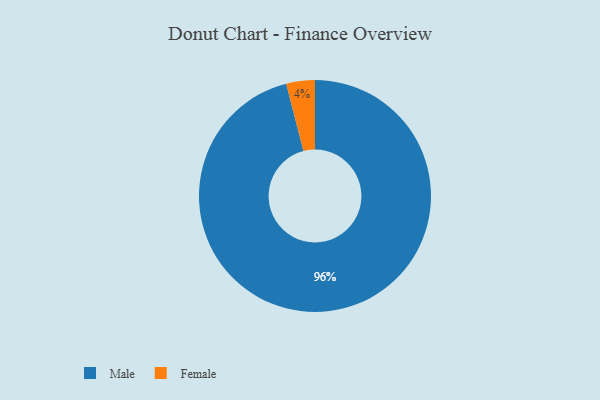
{"axis": {"x": "Category", "y": "Percentage"}, "legend": ["Female", "Male"], "data": [{"x": "Female", "y": 4, "type": "Female"}, {"x": "Male", "y": 96, "type": "Male"}]}